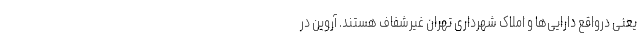
یعنی درواقع دارایی‌ها و املاک شهرداری تهران غیرشفاف هستند. آروین در